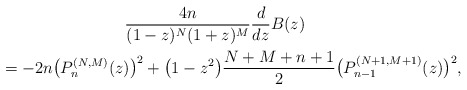
\begin{gather*} \frac{4n}{(1-z) ^{N}(1+z) ^{M}}\frac{d}{dz}B(z) \\ \qquad{} =-2n\big( P_{n}^{(N,M) }(z) \big) ^{2}+\big( 1-z^{2}\big) \frac{N+M+n+1}{2}\big( P_{n-1}^{ ( N+1,M+1) }(z) \big) ^{2},\end{gather*}